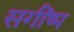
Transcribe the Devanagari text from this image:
सगींष्प